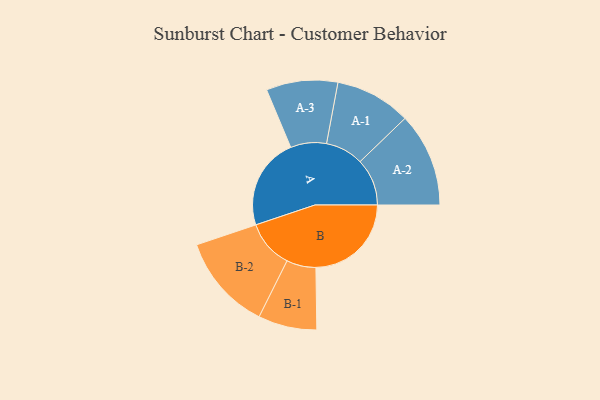
{"axis": {"x": "Segment", "y": "Value"}, "legend": ["", "A", "B"], "data": [{"x": "A", "y": 457, "type": ""}, {"x": "B", "y": 475, "type": ""}, {"x": "A-1", "y": 189, "type": "A"}, {"x": "A-2", "y": 234, "type": "A"}, {"x": "A-3", "y": 178, "type": "A"}, {"x": "B-1", "y": 146, "type": "B"}, {"x": "B-2", "y": 239, "type": "B"}]}